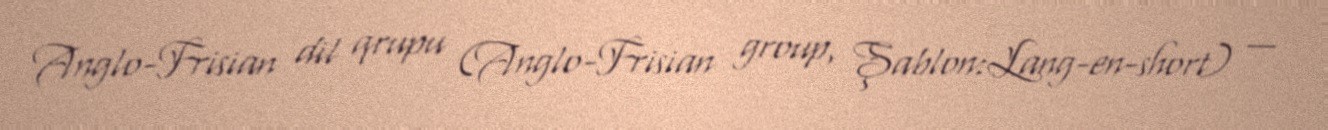
Anglo-Frisian dil qrupu (Anglo-Frisian group, Şablon:Lang-en-short) —